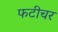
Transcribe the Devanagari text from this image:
फटीचर